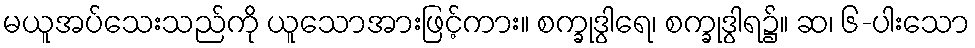
မယူအပ်သေးသည်ကို ယူသောအားဖြင့်ကား။ စက္ခုဒွါရေ၊ စက္ခုဒွါရ၌။ ဆ၊ ၆-ပါးသော